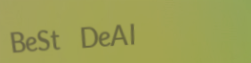
BeSt DeAl